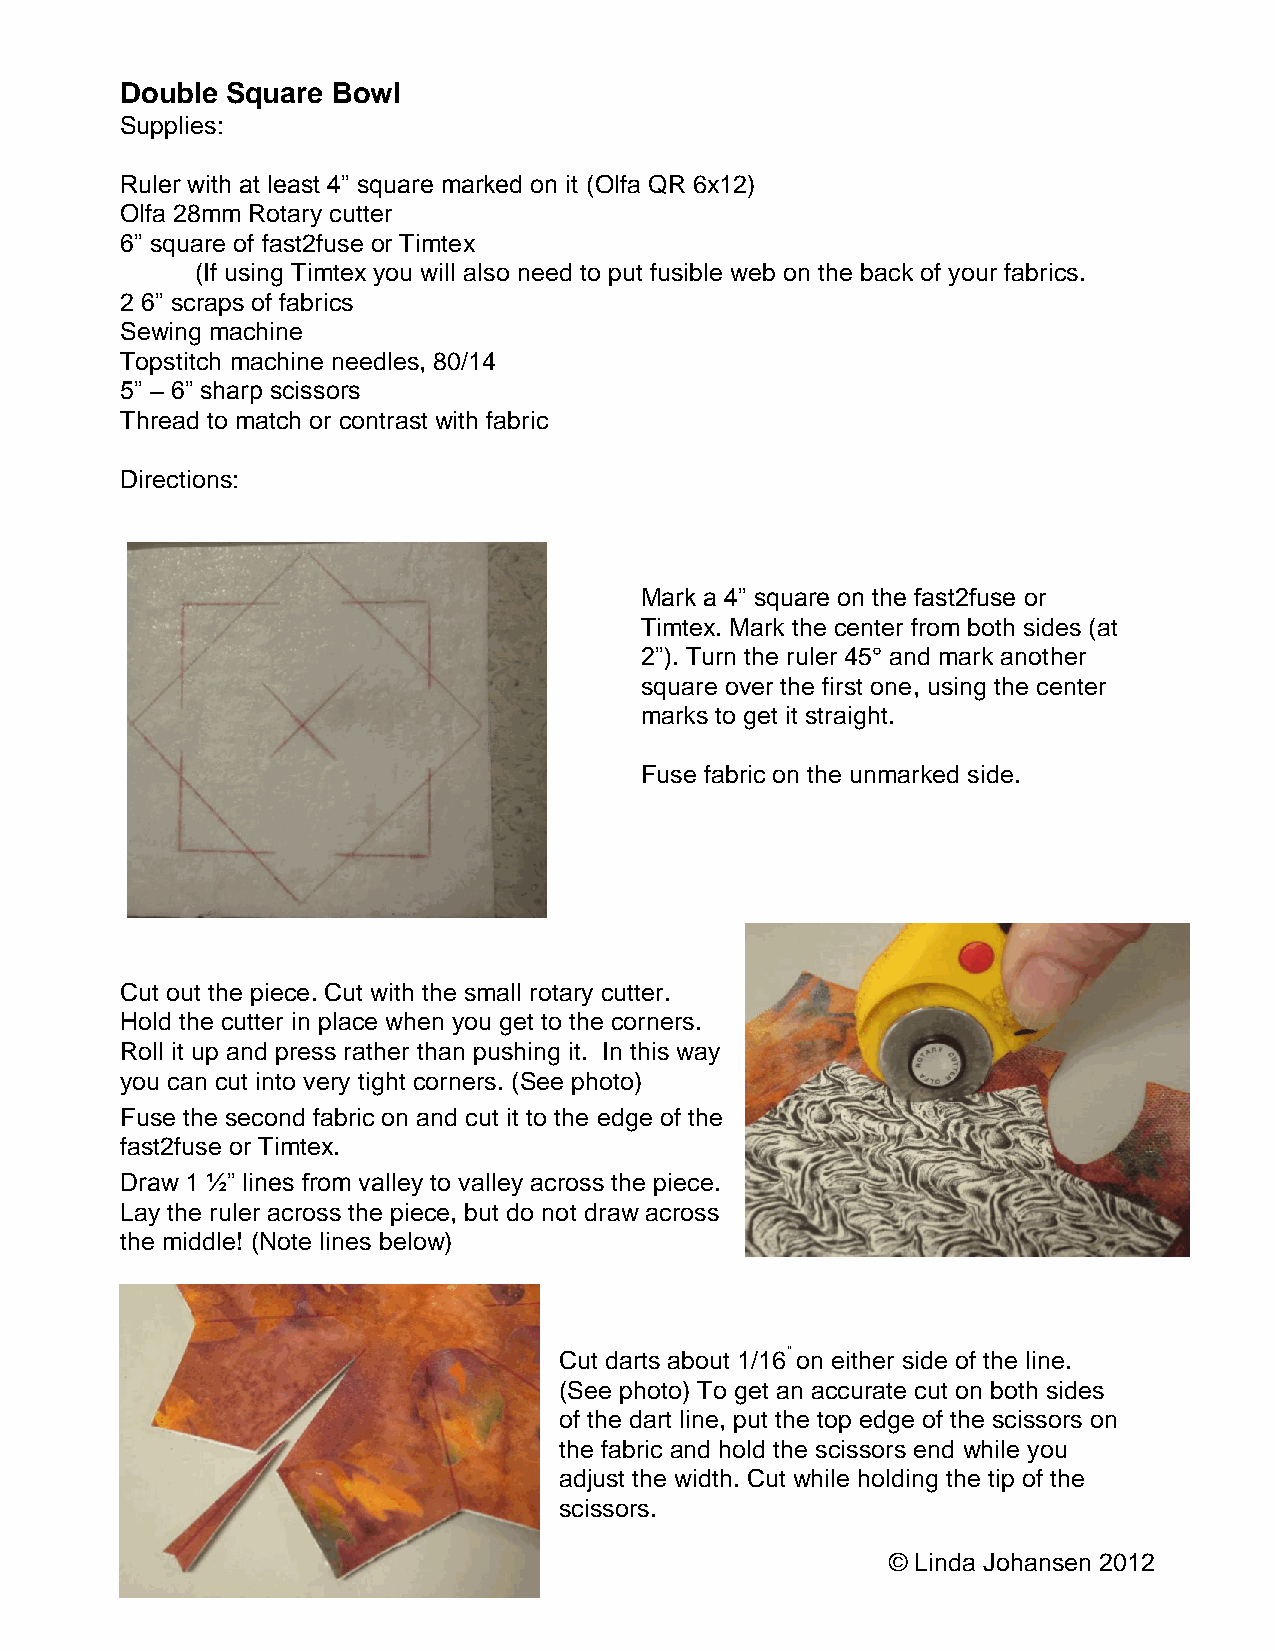
Double Square Bowl
 Supplies:
 Ruler with at least 4” square marked on it (Olfa QR 6x12)
 Olfa 28mm Rotary cutter
 6” square of fast2fuse or Timtex
 (If using Timtex you will also need to put fusible web on the back of your fabrics.
 2 6” scraps of fabrics
 Sewing machine
 Topstitch machine needles, 80/14
 5” – 6” sharp scissors
 Thread to match or contrast with fabric
 Directions:
 Mark a 4” square on the fast2fuse or
 Timtex. Mark the center from both sides (at
 2”). Turn the ruler 45° and mark another
 square over the first one, using the center
 marks to get it straight.
 Fuse fabric on the unmarked side.
 Cut out the piece. Cut with the small rotary cutter.
 Hold the cutter in place when you get to the corners.
 Roll it up and press rather than pushing it. In this way
 you can cut into very tight corners. (See photo)
 Fuse the second fabric on and cut it to the edge of the
 fast2fuse or Timtex.
 Draw 1 ½” lines from valley to valley across the piece.
 Lay the ruler across the piece, but do not draw across
 the middle! (Note lines below)
 Cut darts about 1/16” on either side of the line.
 (See photo) To get an accurate cut on both sides
 of the dart line, put the top edge of the scissors on
 the fabric and hold the scissors end while you
 adjust the width. Cut while holding the tip of the
 scissors.
 © Linda Johansen 2012